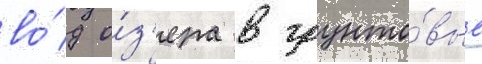
во́д о́з'ера в грунто́вые